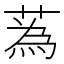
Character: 蒍